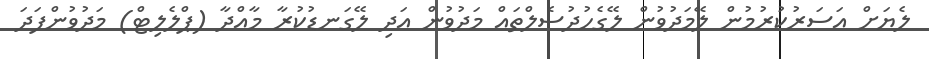
ލެޔަށް އަސަރުކުރުމުން ލޭމަދުވުން ލޭގެހުދުސެލްތައް މަދުވުން އަދި ލޭގަނޑުކުރާ މާއްދާ (ޕްލެލިޓް) މަދުވުންފަދަ